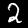
Digit: 2